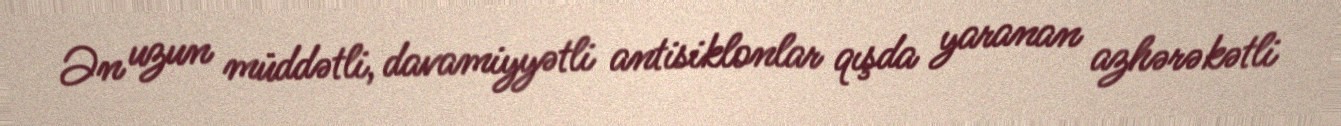
Ən uzun müddətli, davamiyyətli antisiklonlar qışda yaranan azhərəkətli